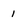
Character: 1